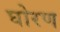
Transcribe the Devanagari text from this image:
घोरण